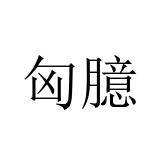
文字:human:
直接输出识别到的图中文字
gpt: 匈臆